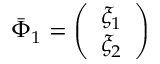
\bar { \Phi } _ { 1 } = \left( \begin{array} { c } { { \xi _ { 1 } } } \\ { { \xi _ { 2 } } } \end{array} \right)